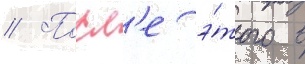
// Посл'е э́того в